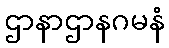
ဌာနာဌာနဂမနံ